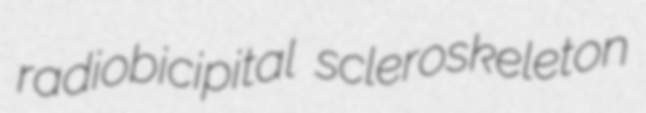
radiobicipital scleroskeleton